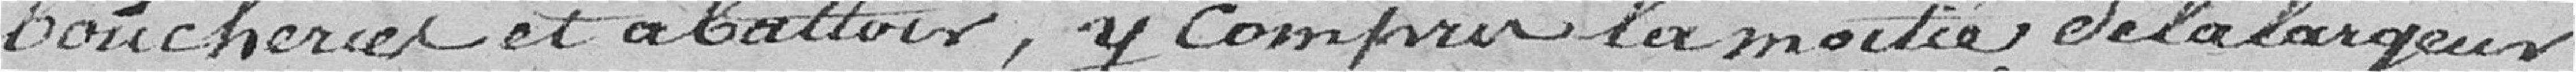
boucheries et abattoirs, y compris la moitié de la largeur